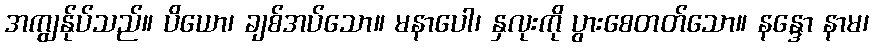
အကျွန်ုပ်သည်။ ပိယော၊ ချစ်အပ်သော။ မနာပေါ၊ နှလုးကို ပွားစေတတ်သော။ နန္ဒော နာမ၊